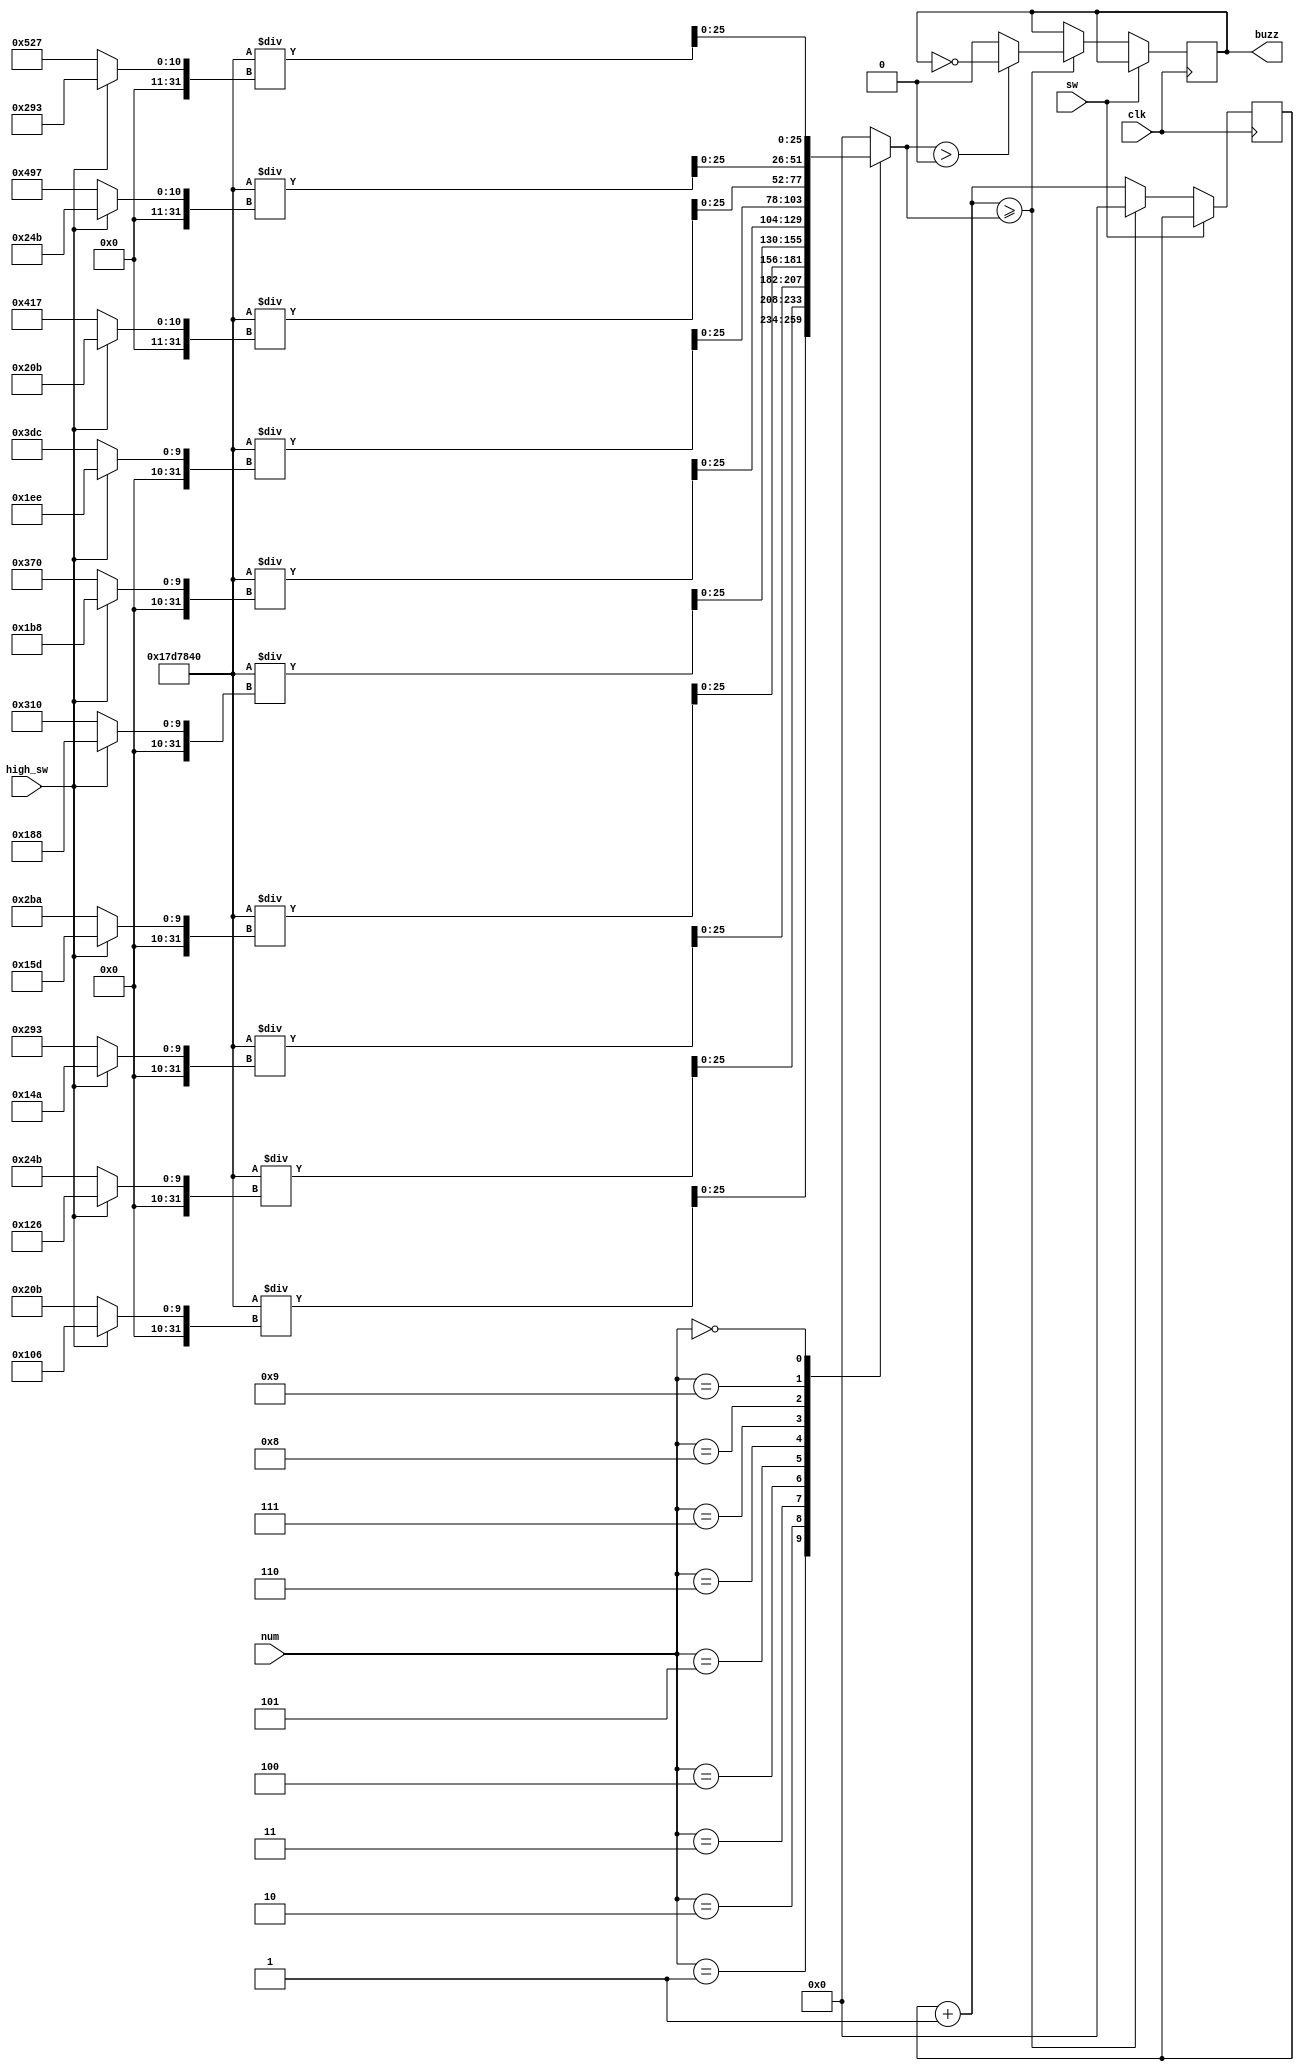
module buzzer(clk, sw, high_sw, num, buzz);

input clk, sw, high_sw;
input [3:0] num;
output reg buzz;

reg [25:0] limiter = 25_000_000;
reg [25:0] counter = 0;

always @(*) begin
	
	case (num)
		1: limiter = 25_000_000 / (high_sw == 1 ? 262 : 523);	// C4 - C5
		2: limiter = 25_000_000 / (high_sw == 1 ? 294 : 587);	// D4 - D5
		3: limiter = 25_000_000 / (high_sw == 1 ? 330 : 659);	// E4 - E5
		4: limiter = 25_000_000 / (high_sw == 1 ? 349 : 698);	// F4 - F5
		5: limiter = 25_000_000 / (high_sw == 1 ? 392 : 784);	// G4 - G5
		6: limiter = 25_000_000 / (high_sw == 1 ? 440 : 880);   // A4 - A5
		7: limiter = 25_000_000 / (high_sw == 1 ? 494 : 988);   // B4 - B5
		8: limiter = 25_000_000 / (high_sw == 1 ? 523 : 1047);  // C5 - C6
		9: limiter = 25_000_000 / (high_sw == 1 ? 587 : 1175);  // D5 - D6
		0: limiter = 25_000_000 / (high_sw == 1 ? 659 : 1319);  // E5 - E6
		default: limiter = 0;
	endcase
	
end

always @(posedge clk) begin
	
	if (sw == 0) begin
		counter = counter + 1;
		if (counter >= limiter) begin
			if (limiter > 0)
				buzz = ~buzz;
			else
				buzz = 0;
			counter = 0;
		end
	end
	
end

endmodule